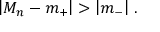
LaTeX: \left| M _ { n } - m _ { + } \right| > \left| m _ { - } \right| \, .